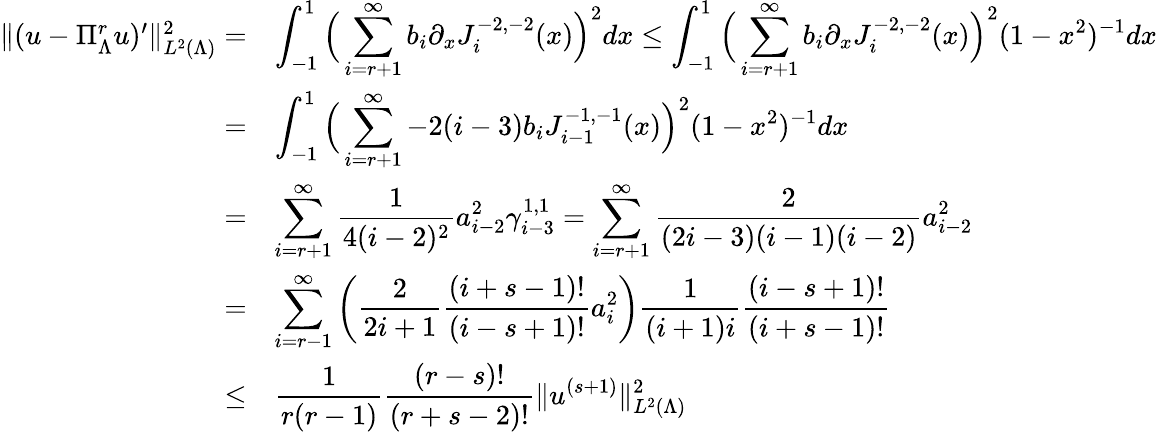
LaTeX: \begin{array}{rl}{\| (u-\Pi_{\Lambda}^{r}u)^{\prime}\| _{L^{2}(\Lambda)}^{2}=}&{\displaystyle\int_{-1}^{1}\Big(\displaystyle\sum_{i=r+1}^{\infty}b_{i}\partial_{x}J_{i}^{-2,-2}(x)\Big)^{2}dx\le\displaystyle\int_{-1}^{1}\Big(\displaystyle\sum_{i=r+1}^{\infty}b_{i}\partial_{x}J_{i}^{-2,-2}(x)\Big)^{2}(1-x^{2})^{-1}dx}\\ {=}&{\displaystyle\int_{-1}^{1}\Big(\displaystyle\sum_{i=r+1}^{\infty}-2(i-3)b_{i}J_{i-1}^{-1,-1}(x)\Big)^{2}(1-x^{2})^{-1}dx}\\ {=}&{\displaystyle\sum_{i=r+1}^{\infty}\displaystyle\frac{1}{4(i-2)^{2}}a_{i-2}^{2}\gamma_{i-3}^{1,1}=\displaystyle\sum_{i=r+1}^{\infty}\displaystyle\frac{2}{(2i-3)(i-1)(i-2)}a_{i-2}^{2}}\\ {=}&{\displaystyle\sum_{i=r-1}^{\infty}\left(\displaystyle\frac{2}{2i+1}\displaystyle\frac{(i+s-1)!}{(i-s+1)!}a_{i}^{2}\right)\displaystyle\frac{1}{(i+1)i}\displaystyle\frac{(i-s+1)!}{(i+s-1)!}}\\ {\le}&{\displaystyle\frac{1}{r(r-1)}\displaystyle\frac{(r-s)!}{(r+s-2)!}\| u^{(s+1)}\| _{L^{2}(\Lambda)}^{2}}\end{array}